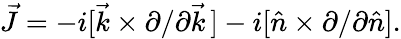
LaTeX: \vec{J}=-i[\vec{k}\times\partial/\partial\vec{k}\, ]-i[\hat{n}\times\partial/\partial\hat{n}].